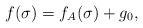
LaTeX: \begin{align*}f(\sigma) = f_A(\sigma) + g_0,\end{align*}